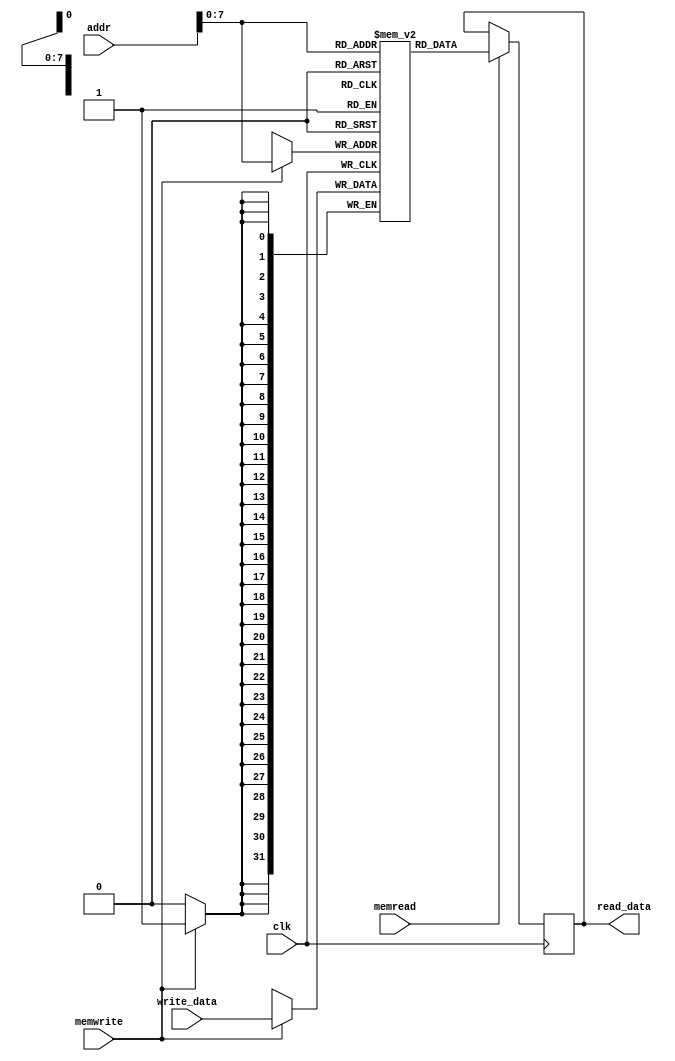
module data_memory (
input wire [31:0] addr,          // Memory Address
input wire [31:0] write_data,    // Memory Address Contents
input wire memwrite, memread,
input wire clk,                  // All synchronous elements, including memories, should have a clock signal
output reg [31:0] read_data      // Output of Memory Address Contents
);

reg [31:0] MEMO[0:255];  // 256 words of 32-bit memory

integer i;

initial begin
  read_data <= 0;
  for (i = 0; i < 256; i = i + 1) begin
    MEMO[i] = i;
  end
end

always @(posedge clk) begin
  if (memwrite == 1'b1) begin
    MEMO[addr] <= write_data;
  end

  if (memread == 1'b1) begin
    read_data <= MEMO[addr];
  end
end

endmodule